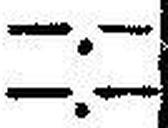
—.—